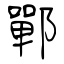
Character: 鄲